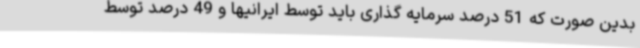
بدین صورت که 51 درصد سرمایه گذاری باید توسط ایرانیها و 49 درصد توسط